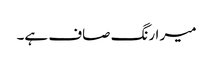
میر ا رنگ صاف ہے۔